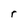
Character: r